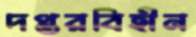
দপ্তরবিহীন